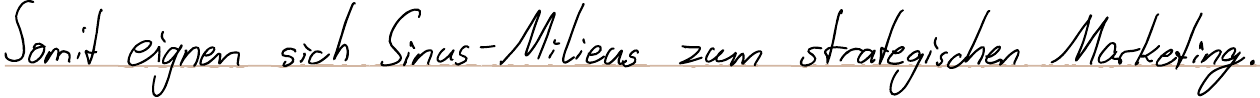
Somit eignen sich Sinus-Milieus zum strategischen Marketing.